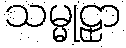
သမ္မုဠှာ